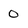
Character: 0